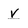
Character: V